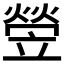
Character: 𤍩